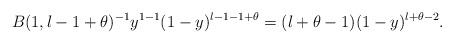
LaTeX: \begin{align*}B(1,l-1+\theta)^{-1}y^{1-1}(1-y)^{l-1-1+\theta}= (l+\theta-1)(1-y)^{l+\theta-2}.\end{align*}